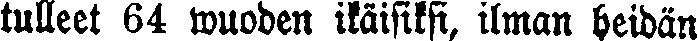
tulleet 64 wuoden ikäisiksi, ilman heidän